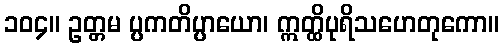
၁၀၄။ ဥတ္တမ ပ္ပကတိပ္ပာယော၊ ဣတ္ထိပုရိသဟေတုကော။